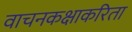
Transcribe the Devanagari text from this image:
वाचनकक्षाकरिता